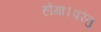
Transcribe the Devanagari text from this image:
होगा।परंतु